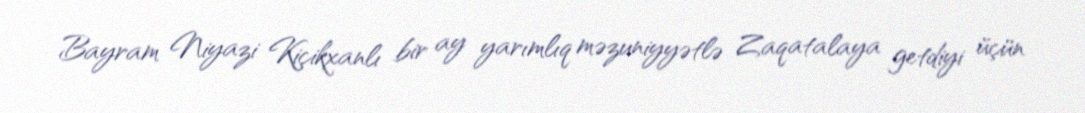
Bayram Niyazi Kiçikxanlı bir ay yarımlıq məzuniyyətlə Zaqatalaya getdiyi üçün